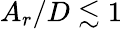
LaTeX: A_{r}/D\lesssim 1